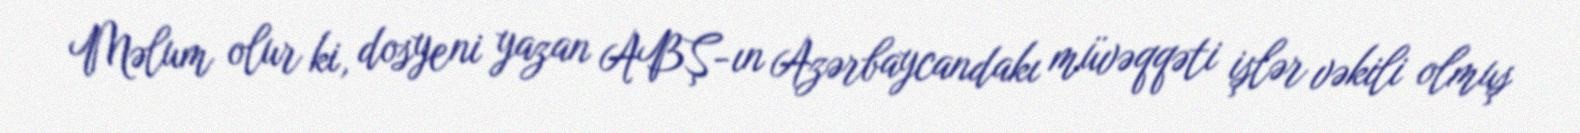
Məlum olur ki, dosyeni yazan ABŞ-ın Azərbaycandakı müvəqqəti işlər vəkili olmuş